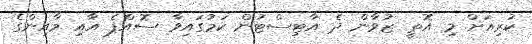
ކުރިއަށް މި އޮތީ ޒުވާން ދެ އާޓިސްޓުން ކަމުގައިވާ ސޮއްޕެ އާއި މާއިންގެ